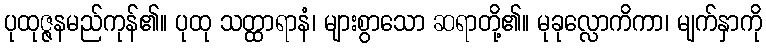
ပုထုဇ္ဇနမည်ကုန်၏။ ပုထု သတ္ထာရာနံ၊ များစွာသော ဆရာတို့၏။ မုခုလ္လောကိကာ၊ မျက်နှာကို